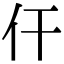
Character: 仠